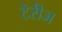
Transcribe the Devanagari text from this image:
टेरीज